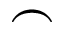
\frown